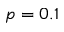
p = 0 . 1